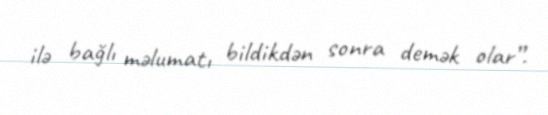
ilə bağlı məlumatı bildikdən sonra demək olar”.